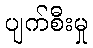
ပျက်စီးမှု